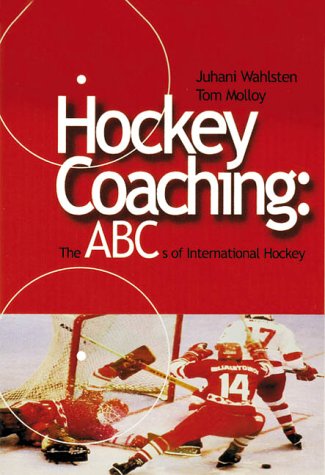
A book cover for Hockey Coaching: The ABCs of International Hockey; Tom Molloy; Sports & Outdoors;